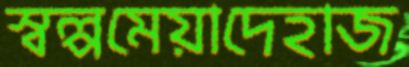
স্বল্পমেয়াদেহাজ